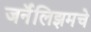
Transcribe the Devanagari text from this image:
जर्नॅलिझमचे